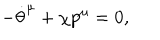
- { \dot { \theta } } ^ { \mu } + \chi { p } ^ { \mu } = 0 ,